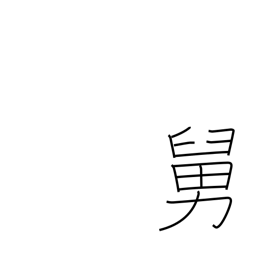
Meaning: father-in-law